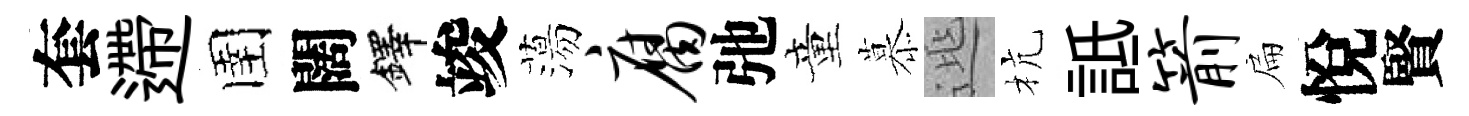
套遰圉闊鐸竣蕩腐弛童慕𨓱杭詆箭扁悅賢